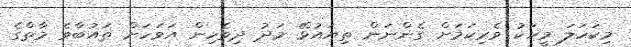
މިކަހަލަ މީހަކު ވެރިކަމަށް ގެންނަން ތިޔައުޅޭ މަދު ދިވެހިން އަވަހަށް ތައުބާވެ މާތްގެ